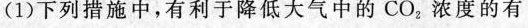
(1)下列措施中，有利于降低大气中的CO_{2}浓度的有